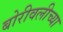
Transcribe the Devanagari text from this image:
बोरीवलीच्या